Vaccination in Bombay 1869-1873 - 1869-1873
Year: 1869
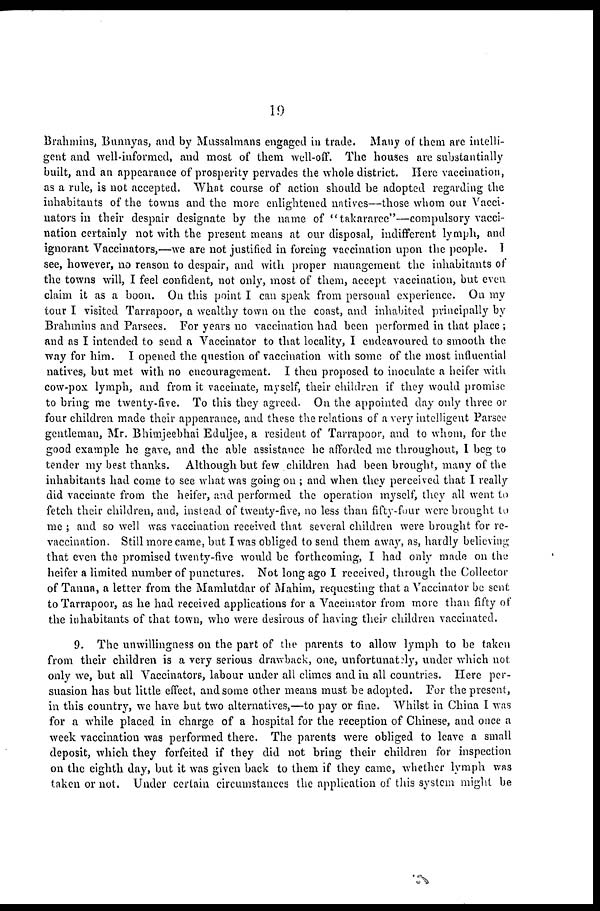
19
Brahmins, Bunnyas, and by Mussalmans engaged in trade. Many of them are intelli-
gent and well-informed, and most of them well-off. The houses are substantially
built, and an appearance of prosperity pervades the whole district. Here vaccination,
as a rule, is not accepted. What course of action should be adopted regarding the
inhabitants of the towns and the more enlightened natives—those whom our Vacci-
nators in their despair designate by the name of "takararee"—compulsory vacci-
nation certainly not with the present means at our disposal, indifferent lymph, and
ignorant Vaccinators,—we are not justified in forcing vaccination upon the people. I
see, however, no reason to despair, and with proper management the inhabitants of
the towns will, I feel confident, not only, most of them, accept vaccination, but even
claim it as a boon. On this point I can speak from personal experience. On my
tour I visited Tarrapoor, a wealthy town on the coast, and inhabited principally by
Brahmins and Parsees. For years no vaccination had been performed in that place ;
and as I intended to send a Vaccinator to that locality, I endeavoured to smooth the
way for him. I opened the question of vaccination with some of the most influential
natives, but met with no encouragement. I then proposed to inoculate a heifer with
cow-pox lymph, and from it vaccinate, myself, their children if they would promise
to bring me twenty-five. To this they agreed. On the appointed day only three or
four children made their appearance, and these the relations of a very intelligent Parsee
gentleman, Mr. Bhimjeebhai Eduljee, a resident of Tarrapoor, and to whom, for the
good example he gave, and the able assistance he afforded me throughout, I beg to
tender my best thanks. Although but few children had been brought, many of the
inhabitants had come to see what was going on ; and when they perceived that I really
did vaccinate from the heifer, and performed the operation myself, they all went to
fetch their children, and, instead of twenty-five, no less than fifty-four were brought to
me ; and so well was vaccination received that several children were brought for re-
vaccination. Still more came, but I was obliged to send them away, as, hardly believing
that even the promised twenty-five would be forthcoming, I had only made on the
heifer a limited number of punctures. Not long ago I received, through the Collector
of Tanna, a letter from the Mamlutdar of Mahim, requesting that a Vaccinator be sent
to Tarrapoor, as he had received applications for a Vaccinator from more than fifty of
the inhabitants of that town, who were desirous of having their children vaccinated.
9. The unwillingness on the part of the parents to allow lymph to be taken
from their children is a very serious drawback, one, unfortunately, under which not
only we, but all Vaccinators, labour under all climes and in all countries. Here per-
suasion has but little effect, and some other means must be adopted. For the present,
in this country, we have but two alternatives,—to pay or fine. Whilst in China I was
for a while placed in charge of a hospital for the reception of Chinese, and once a
week vaccination was performed there. The parents were obliged to leave a small
deposit, which they forfeited if they did not bring their children for inspection
on the eighth day, but it was given back to them if they came, whether lymph was
taken or not. Under certain circumstances the application of this system might be